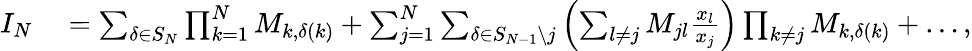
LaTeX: \begin{array}{rl}{I_{N}}&{{}=\sum_{\delta\in S_{N}}\prod_{k=1}^{N}M_{k,\delta(k)}+\sum_{j=1}^{N}\sum_{\delta\in S_{N-1}\backslash j}\left(\sum_{l\neq j}M_{jl}\frac{x_{l}}{x_{j}}\right)\prod_{k\neq j}M_{k,\delta(k)}+\dots,}\end{array}